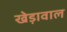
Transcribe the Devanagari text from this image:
खेड़ावाल